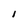
Character: i